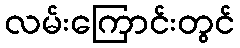
လမ်းကြောင်းတွင်